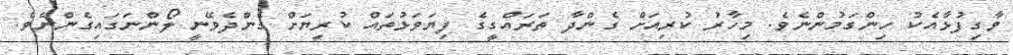
ވާގިފުޅާއެކު ހިންގަމުންނެވެ. މިހާރު ކުރިއަށް ގެންދާ ތަރައްގީގެ ފިޔަވަޅުތައް ކުރިޔަށް ގެންދެވޭނީ ލޯންނަގައިގެންނެވެ.